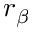
r _ { \beta }